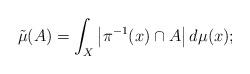
LaTeX: \begin{align*}\tilde\mu(A)=\int_X\left| \pi^{-1}(x)\cap A\right| d\mu(x);\end{align*}